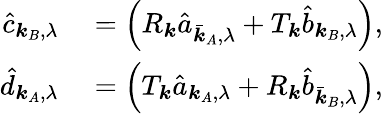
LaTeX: \begin{array}{rl}{\hat{c}_{\boldsymbol{k}_{B},\lambda}}&{{}=\left(R_{\boldsymbol{k}}\hat{a}_{\bar{\boldsymbol{k}}_{A},\lambda}+T_{\boldsymbol{k}}\hat{b}_{\boldsymbol{k}_{B},\lambda}\right),}\\ {\hat{d}_{\boldsymbol{k}_{A},\lambda}}&{{}=\left(T_{\boldsymbol{k}}\hat{a}_{\boldsymbol{k}_{A},\lambda}+R_{\boldsymbol{k}}\hat{b}_{\bar{\boldsymbol{k}}_{B},\lambda}\right),}\end{array}